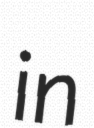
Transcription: in